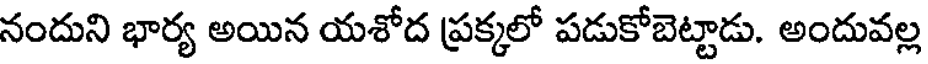
నందుని భార్య అయిన యశోద ప్రక్కలో పడుకోబెట్టాడు. అందువల్ల